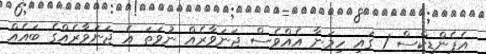
އެޕެންޑިކްސް 1 ގައި ހިމަނާ އެއްވެސް ޖަނަވާރެއް ނުވަތަ އެ ޖަނަވާރެއްގެ ބައެއް